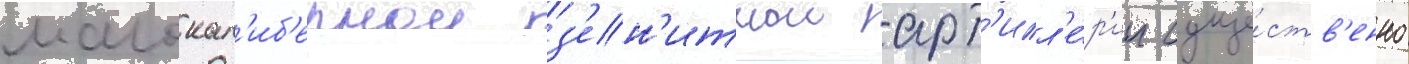
малокал'иб'ернои з'ен'итнои арт'илл'е́р'ии суще́ств'енно